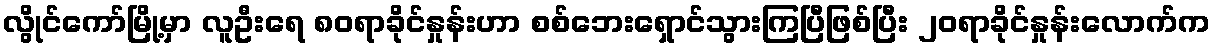
လွိုင်ကော်မြို့မှာ လူဦးရေ ၈၀ရာခိုင်နှုန်းဟာ စစ်ဘေးရှောင်သွားကြပြီဖြစ်ပြီး ၂၀ရာခိုင်နှုန်းလောက်က